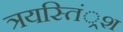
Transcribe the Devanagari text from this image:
त्रयस्तिं्रश